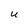
Character: U